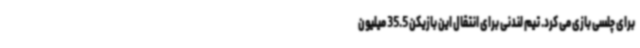
برای چلسی بازی می کرد. تیم لندنی برای انتقال این بازیکن 35.5 میلیون